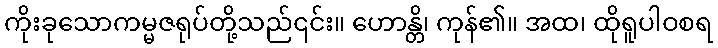
ကိုးခုသောကမ္မဇရုပ်တို့သည်၎င်း။ ဟောန္တိ၊ ကုန်၏။ အထ၊ ထိုရူပါဝစရ